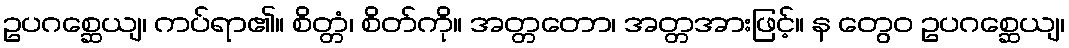
ဥပဂစ္ဆေယျ၊ ကပ်ရာ၏။ စိတ္တံ၊ စိတ်ကို။ အတ္တတော၊ အတ္တအားဖြင့်။ န တွေဝ ဥပဂစ္ဆေယျ၊